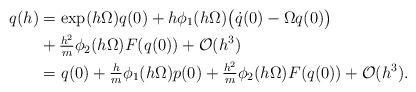
LaTeX: \begin{align*} q(h) & = \exp(h \Omega) q(0) + h \phi_1( h \Omega) \big( \dot{q}(0) - \Omega q(0) \big) \\ & + \tfrac{h^2}{m} \phi_2(h \Omega) F(q(0)) + \mathcal{O}(h^3) \\ &= q(0) + \tfrac{h}{m} \phi_1(h\Omega) p(0) + \tfrac{h^2}{m} \phi_2(h \Omega) F(q(0)) + \mathcal{O}(h^3). \end{align*}